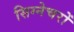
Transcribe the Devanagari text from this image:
सिग्नेचरों